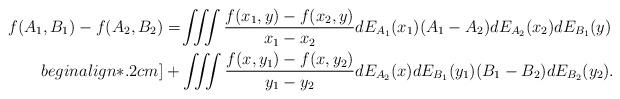
LaTeX: \begin{align*}f(A_1,B_1)-f(A_2,B_2)&=\!\iiint\frac{f(x_1,y)-f(x_2,y)}{x_1-x_2}dE_{A_1}(x_1)(A_1-A_2)dE_{A_2}(x_2)dE_{B_1}(y)\\begin{align*}.2cm]&+\iiint\frac{f(x,y_1)-f(x,y_2)}{y_1-y_2}dE_{A_2}(x)dE_{B_1}(y_1)(B_1-B_2)dE_{B_2}(y_2).\end{align*}